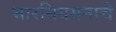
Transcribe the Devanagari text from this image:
भारनियमनाचे